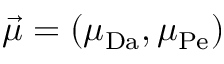
\vec { \mu } = ( \mu _ { \mathrm { D a } } , \mu _ { \mathrm { P e } } )